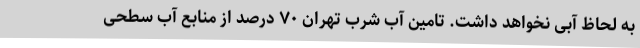
به لحاظ آبی نخواهد داشت. تامین آب شرب تهران ۷۰ درصد از منابع آب سطحی